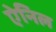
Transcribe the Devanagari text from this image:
ऐनिल